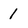
Character: 1